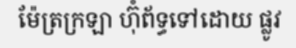
ម៉ែត្រក្រឡា ហ៊ុំព័ទ្ធទៅដោយ ផ្លូវ